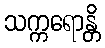
သက္ကရောန္တိ